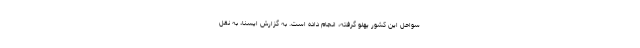
سواحل این کشور پهلو گرفته، انجام داده است. به گزارش ایسنا، به نقل